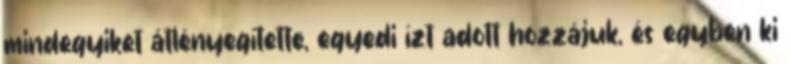
mindegyiket átlényegítette, egyedi ízt adott hozzájuk, és egyben ki